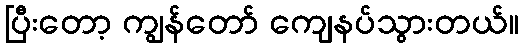
ပြီးတော့ ကျွန်တော် ကျေနပ်သွားတယ်။